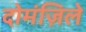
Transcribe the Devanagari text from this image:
दोमंज़िले